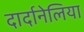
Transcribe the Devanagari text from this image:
दार्दानेलिया